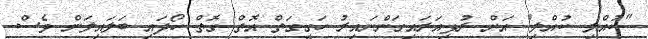
"ކުއްލި ކުއްލި" އަށް ރުޅިއަރައިގަންނައިރު ހަގީގަތް އޮތް ގޮތް ހޯދައި ބަލައިލަން ވެސް